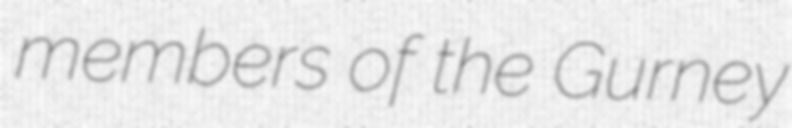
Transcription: members of the Gurney